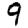
Digit: 9